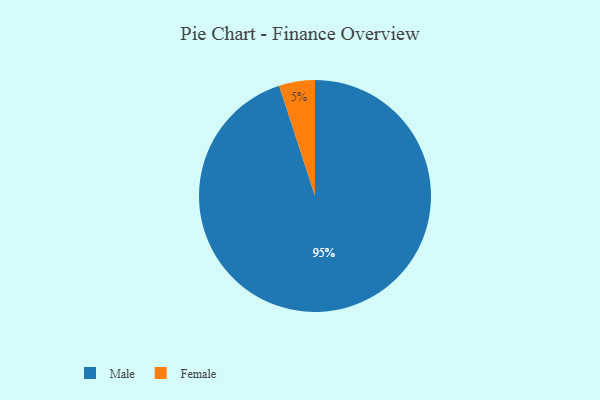
{"axis": {"x": "Category", "y": "Percentage"}, "legend": ["Female", "Male"], "data": [{"x": "Male", "y": 95, "type": "Male"}, {"x": "Female", "y": 5, "type": "Female"}]}